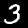
Digit: 3